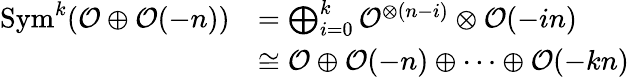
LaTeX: {\begin{array}{rl}{\operatorname{Sym}^{k}({\mathcal{O}}\oplus{\mathcal{O}}(-n))}&{=\bigoplus_{i=0}^{k}{\mathcal{O}}^{\otimes(n-i)}\otimes{\mathcal{O}}(-in)}\\ &{\cong{\mathcal{O}}\oplus{\mathcal{O}}(-n)\oplus\cdots\oplus{\mathcal{O}}(-kn)}\end{array}}